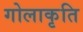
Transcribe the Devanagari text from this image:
गोलाकृति